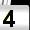
Digit: 4